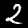
Digit: 2